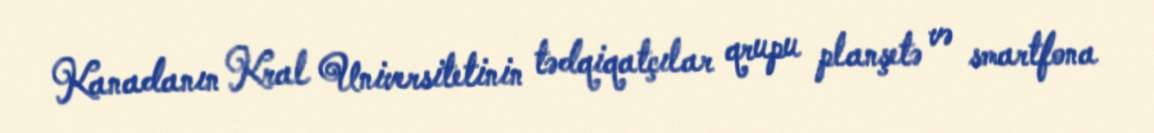
Kanadanın Kral Universitetinin tədqiqatçılar qrupu planşetə və smartfona